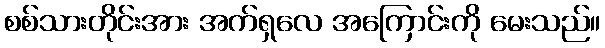
စစ်သားတိုင်းအား အက်ရှလေ အကြောင်းကို မေးသည်။